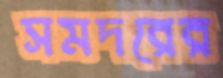
সমদরের